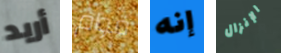
أريد قوام إنه الإنزال